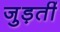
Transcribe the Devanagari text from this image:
जुड़तीं